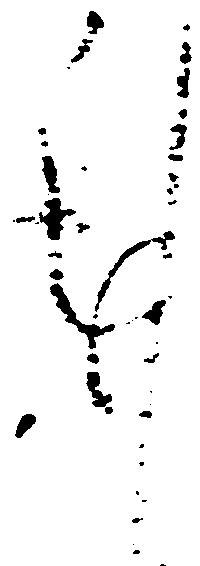
謹